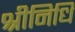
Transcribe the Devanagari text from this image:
श्रीनिधि